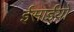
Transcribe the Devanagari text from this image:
ईसाईयो